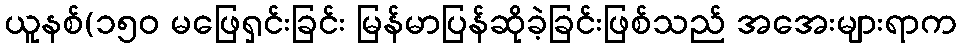
ယူနစ်(၁၅၀ မဖြေရှင်းခြင်း မြန်မာပြန်ဆိုခဲ့ခြင်းဖြစ်သည် အအေးများရာက